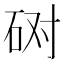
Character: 𰦲